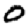
Digit: 0